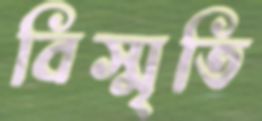
বিস্মৃতি